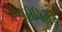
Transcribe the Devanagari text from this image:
डेब्यूज़ेविल्लेई